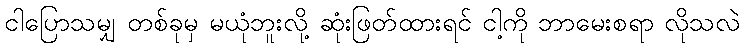
ငါပြောသမျှ တစ်ခုမှ မယုံဘူးလို့ ဆုံးဖြတ်ထားရင် ငါ့ကို ဘာမေးစရာ လိုသလဲ